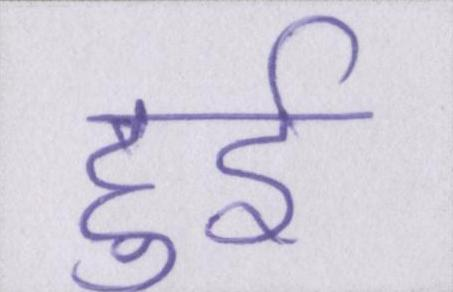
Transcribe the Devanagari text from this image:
हुर्इ